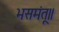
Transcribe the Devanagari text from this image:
भसमंतू॥